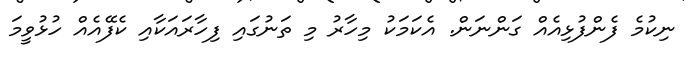
ނިކުމެ ފެންފުޅިއެއް ގަންނަން. އެކަމަކު މިހާރު މި ތަނުގައި ފިހާރައަކާއި ކެފޭއެއް ހުޅުވީމަ